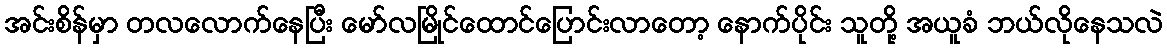
အင်းစိန်မှာ တလလောက်နေပြီး မော်လမြိုင်ထောင်ပြောင်းလာတော့ နောက်ပိုင်း သူတို့ အယူခံ ဘယ်လိုနေသလဲ